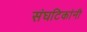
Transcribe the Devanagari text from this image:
संघटिकांनी